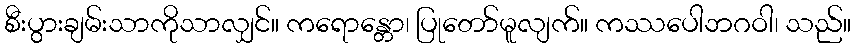
စီးပွားချမ်းသာကိုသာလျှင်။ ကရောန္တော၊ ပြုတော်မူလျက်။ ကဿပေါဘဂဝါ၊ သည်။